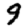
Digit: 9